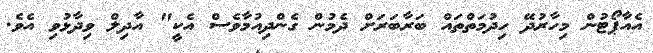
އެއާޕޯޓުން މިހާރުދޭ ހިދުމަތްތައް ބަރާބަރަށް ދެމުން ގެންދިއުމާވެސް އެކީ" އާދިލް ވިދާޅުވި އެވެ.